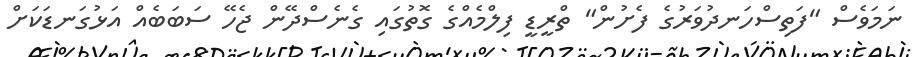
ނަމަވެސް "ފަތިސްހަނދުވަރުގެ ފެށުން" ތްރީޑީ ފިލްމެއްގެ ގޮތުގައި ގެނެސްދޭން ޖެހޭ ސަބަބެއް އަޅުގަނޑަކަށް